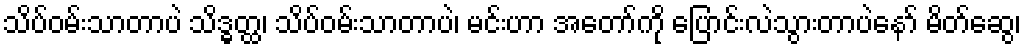
သိပ်ဝမ်းသာတာပဲ သိဒ္ဓတ္ထ၊ သိပ်ဝမ်းသာတာပဲ၊ မင်းဟာ အတော်ကို ပြောင်းလဲသွားတာပဲနော် မိတ်ဆွေ၊